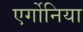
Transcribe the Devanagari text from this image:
एर्गोनिया